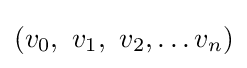
(v_{0},\ v_{1},\ v_{2},\ldots v_{n})